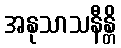
အနုသာသနီန္တိ